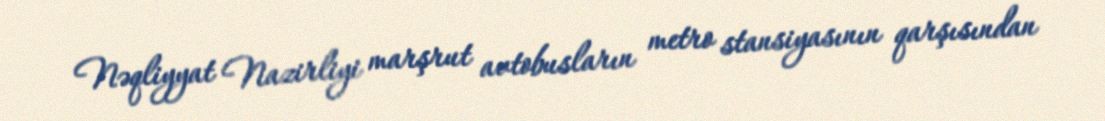
Nəqliyyat Nazirliyi marşrut avtobusların metro stansiyasının qarşısından